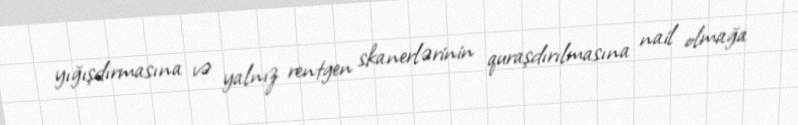
yığışdırmasına və yalnız rentgen skanerlərinin quraşdırılmasına nail olmağa